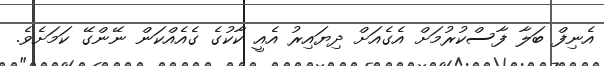
އެނިފް ބަލާ ފާސްކުރުމަށް އެގެއަށް ދިޔައިރު އެއީ ކާކުގެ ގެއެއްކަން ނޭންގޭ ކަމަށެވެ.